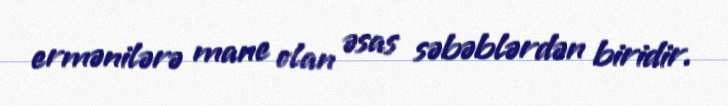
ermənilərə mane olan əsas səbəblərdən biridir.